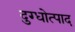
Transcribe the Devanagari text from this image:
दुग्धोत्पाद